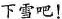
下雪吧！